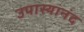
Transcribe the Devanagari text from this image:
उपास्यानंद